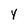
Character: y